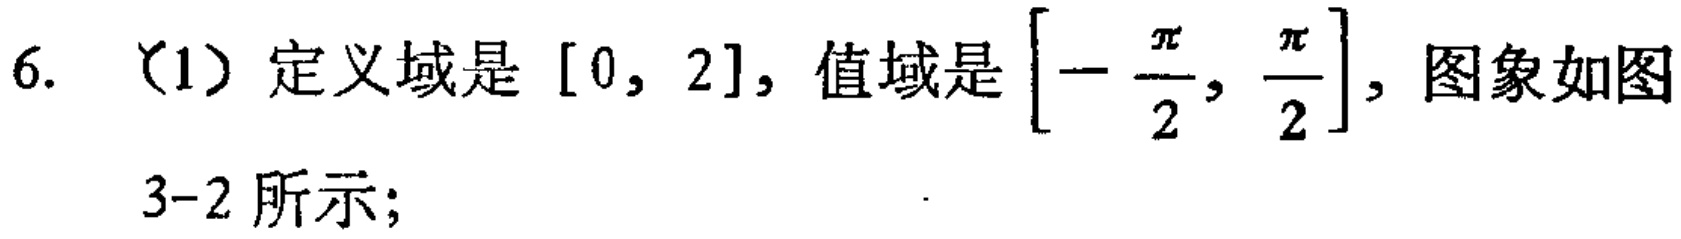
6. （1）定义域是 \([0, 2]\)，值域是 \(\left[-\frac{\pi}{2}, \frac{\pi}{2}\right]\)，图象如图3-2所示；